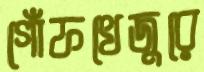
গোঁফখেজুরে